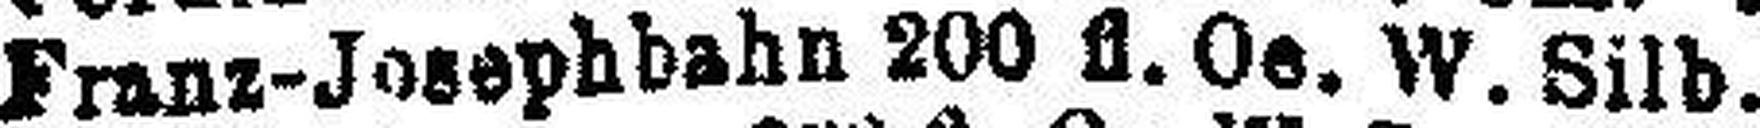
Franz-Josephbahn 200 fl. Oe. W. Silb.